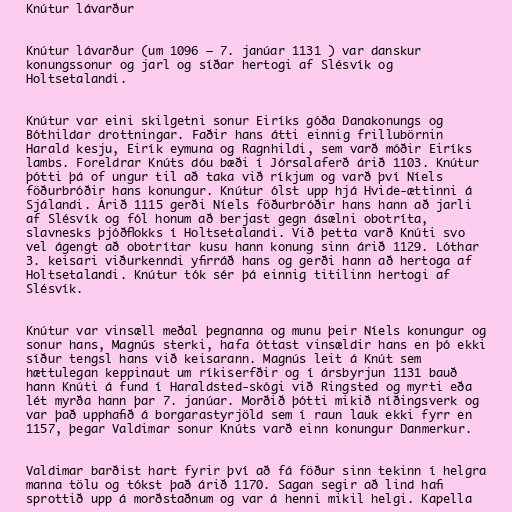
Knútur lávarður

Knútur lávarður (um 1096 – 7. janúar 1131 ) var danskur
konungssonur og jarl og síðar hertogi af Slésvík og
Holtsetalandi.

Knútur var eini skilgetni sonur Eiríks góða Danakonungs og
Bóthildar drottningar. Faðir hans átti einnig frillubörnin
Harald kesju, Eirík eymuna og Ragnhildi, sem varð móðir Eiríks
lambs. Foreldrar Knúts dóu bæði í Jórsalaferð árið 1103. Knútur
þótti þá of ungur til að taka við ríkjum og varð því Níels
föðurbróðir hans konungur. Knútur ólst upp hjá Hvide-ættinni á
Sjálandi. Árið 1115 gerði Níels föðurbróðir hans hann að jarli
af Slésvík og fól honum að berjast gegn ásælni obotríta,
slavnesks þjóðflokks í Holtsetalandi. Við þetta varð Knúti svo
vel ágengt að obotrítar kusu hann konung sinn árið 1129. Lóthar
3. keisari viðurkenndi yfirráð hans og gerði hann að hertoga af
Holtsetalandi. Knútur tók sér þá einnig titilinn hertogi af
Slésvík.

Knútur var vinsæll meðal þegnanna og munu þeir Níels konungur og
sonur hans, Magnús sterki, hafa óttast vinsældir hans en þó ekki
síður tengsl hans við keisarann. Magnús leit á Knút sem
hættulegan keppinaut um ríkiserfðir og í ársbyrjun 1131 bauð
hann Knúti á fund í Haraldsted-skógi við Ringsted og myrti eða
lét myrða hann þar 7. janúar. Morðið þótti mikið níðingsverk og
var það upphafið á borgarastyrjöld sem í raun lauk ekki fyrr en
1157, þegar Valdimar sonur Knúts varð einn konungur Danmerkur.

Valdimar barðist hart fyrir því að fá föður sinn tekinn í helgra
manna tölu og tókst það árið 1170. Sagan segir að lind hafi
sprottið upp á morðstaðnum og var á henni mikil helgi. Kapella